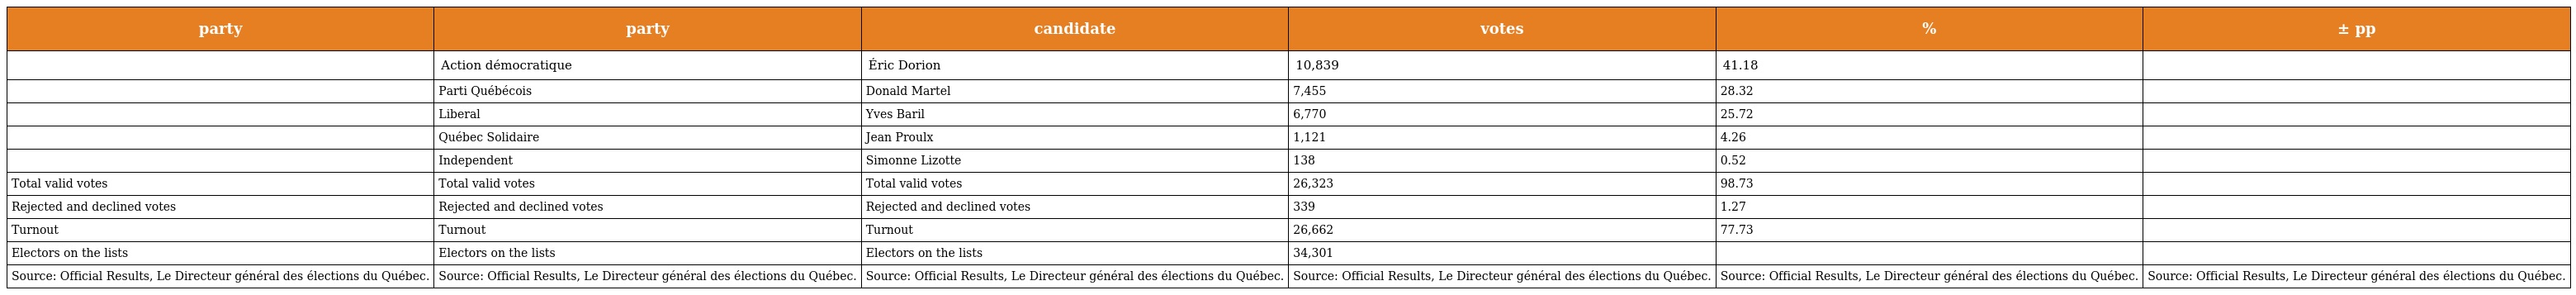
| party | party | candidate | votes | % | ± pp |
 | --- | --- | --- | --- | --- | --- |
 |  | Action démocratique | Éric Dorion | 10,839 | 41.18 |  |
 |  | Parti Québécois | Donald Martel | 7,455 | 28.32 |  |
 |  | Liberal | Yves Baril | 6,770 | 25.72 |  |
 |  | Québec Solidaire | Jean Proulx | 1,121 | 4.26 |  |
 |  | Independent | Simonne Lizotte | 138 | 0.52 |  |
 | Total valid votes | Total valid votes | Total valid votes | 26,323 | 98.73 |  |
 | Rejected and declined votes | Rejected and declined votes | Rejected and declined votes | 339 | 1.27 |  |
 | Turnout | Turnout | Turnout | 26,662 | 77.73 |  |
 | Electors on the lists | Electors on the lists | Electors on the lists | 34,301 |  |  |
 | Source: Official Results, Le Directeur général des élections du Québec. | Source: Official Results, Le Directeur général des élections du Québec. | Source: Official Results, Le Directeur général des élections du Québec. | Source: Official Results, Le Directeur général des élections du Québec. | Source: Official Results, Le Directeur général des élections du Québec. | Source: Official Results, Le Directeur général des élections du Québec. |